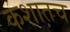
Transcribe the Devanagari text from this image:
कशातच